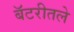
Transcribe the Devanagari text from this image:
बॅटरीतले